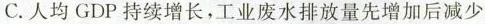
C. 人均 GDP 持续增长，工业废水排放量先增加后减少